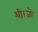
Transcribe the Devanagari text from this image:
थी।जो